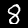
Label: 8